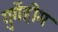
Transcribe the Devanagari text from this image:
गुगेंहीम